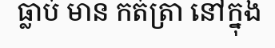
ធ្លាប់ មាន កត់ត្រា នៅក្នុង